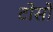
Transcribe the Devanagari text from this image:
टोर्सो